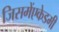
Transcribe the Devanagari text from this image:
जिसमेंएकेडमी